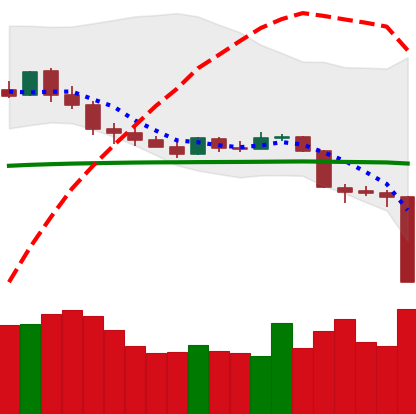
Ticker: XMR-USD
Chart end date: 2020-03-12
Forward return: 7.139%
Label: up_7plus